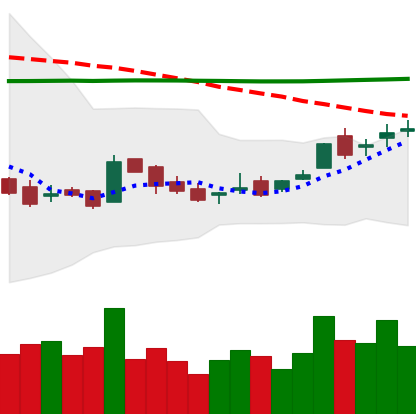
Ticker: LTC-USD
Chart end date: 2016-02-18
Forward return: 4.475%
Label: up_3_5